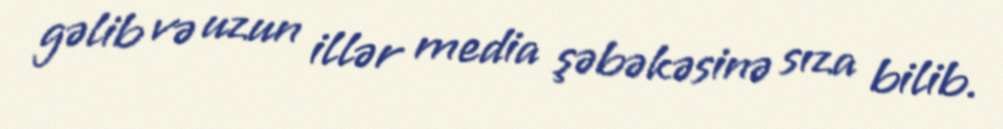
gəlib və uzun illər media şəbəkəsinə sıza bilib.